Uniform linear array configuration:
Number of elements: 32
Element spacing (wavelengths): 1
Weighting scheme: kaiser
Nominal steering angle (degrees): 45
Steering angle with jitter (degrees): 45.073
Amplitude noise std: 0.05
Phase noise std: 0.05

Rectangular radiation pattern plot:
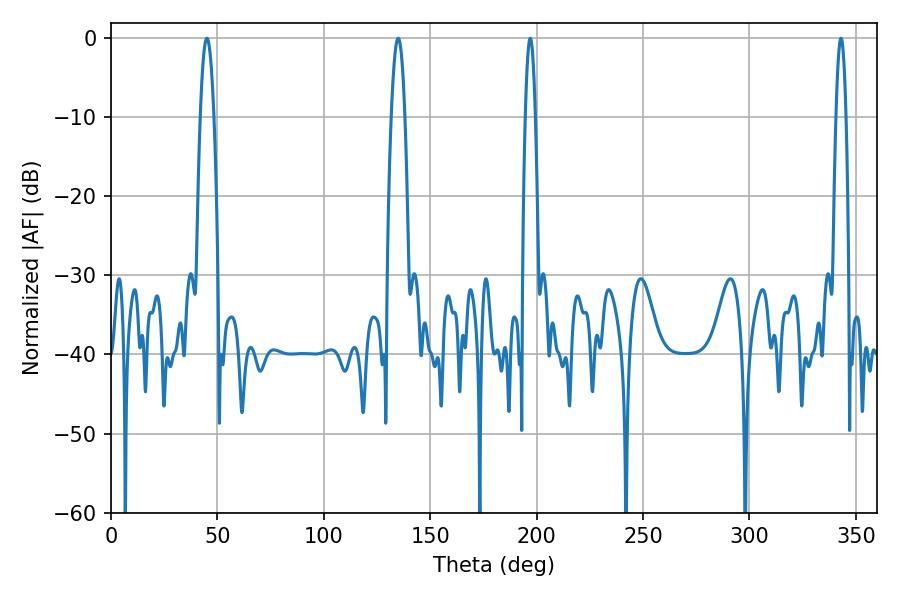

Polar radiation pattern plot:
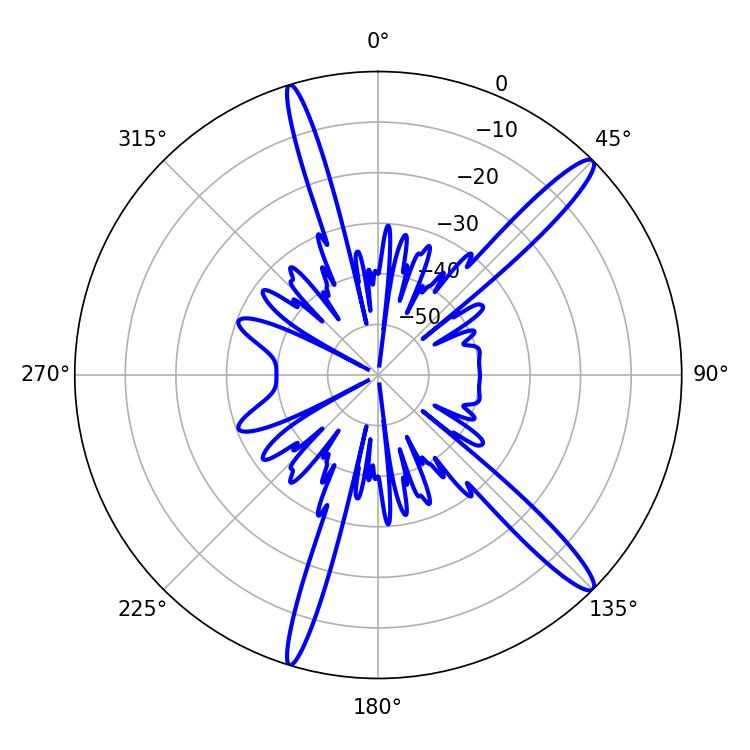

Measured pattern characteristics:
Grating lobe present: TRUE
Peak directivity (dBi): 14.831
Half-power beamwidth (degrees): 3.42
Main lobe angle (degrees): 45